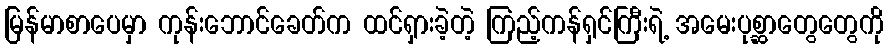
မြန်မာစာပေမှာ ကုန်းဘောင်ခေတ်က ထင်ရှားခဲ့တဲ့ ကြည့်ကန်ရှင်ကြီးရဲ့ အမေးပုစ္ဆာတွေတွေကို